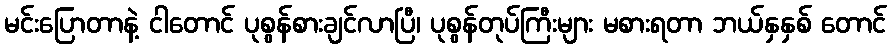
မင်းပြောတာနဲ့ ငါတောင် ပုစွန်စားချင်လာပြီ၊ ပုစွန်တုပ်ကြီးများ မစားရတာ ဘယ်နှနှစ် တောင်